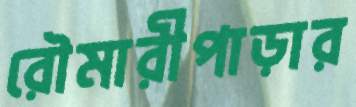
রৌমারীপাড়ার